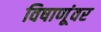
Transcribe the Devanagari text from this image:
विषाणूंवर